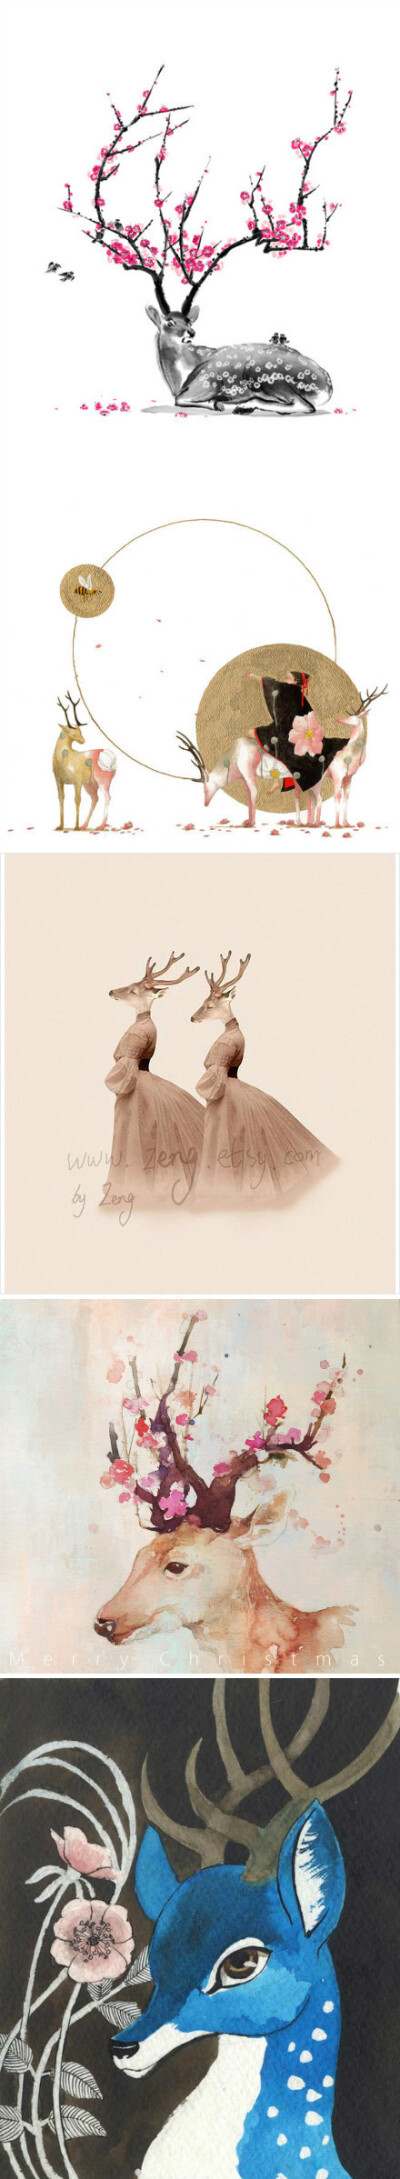
新年都未有芳华，二月初惊见草芽。